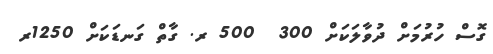
ގޮސް ހުރުމަށް ދުވާލަކަށް 300  500 ރ. ގާތް ގަނޑަކަށް 1250ރ